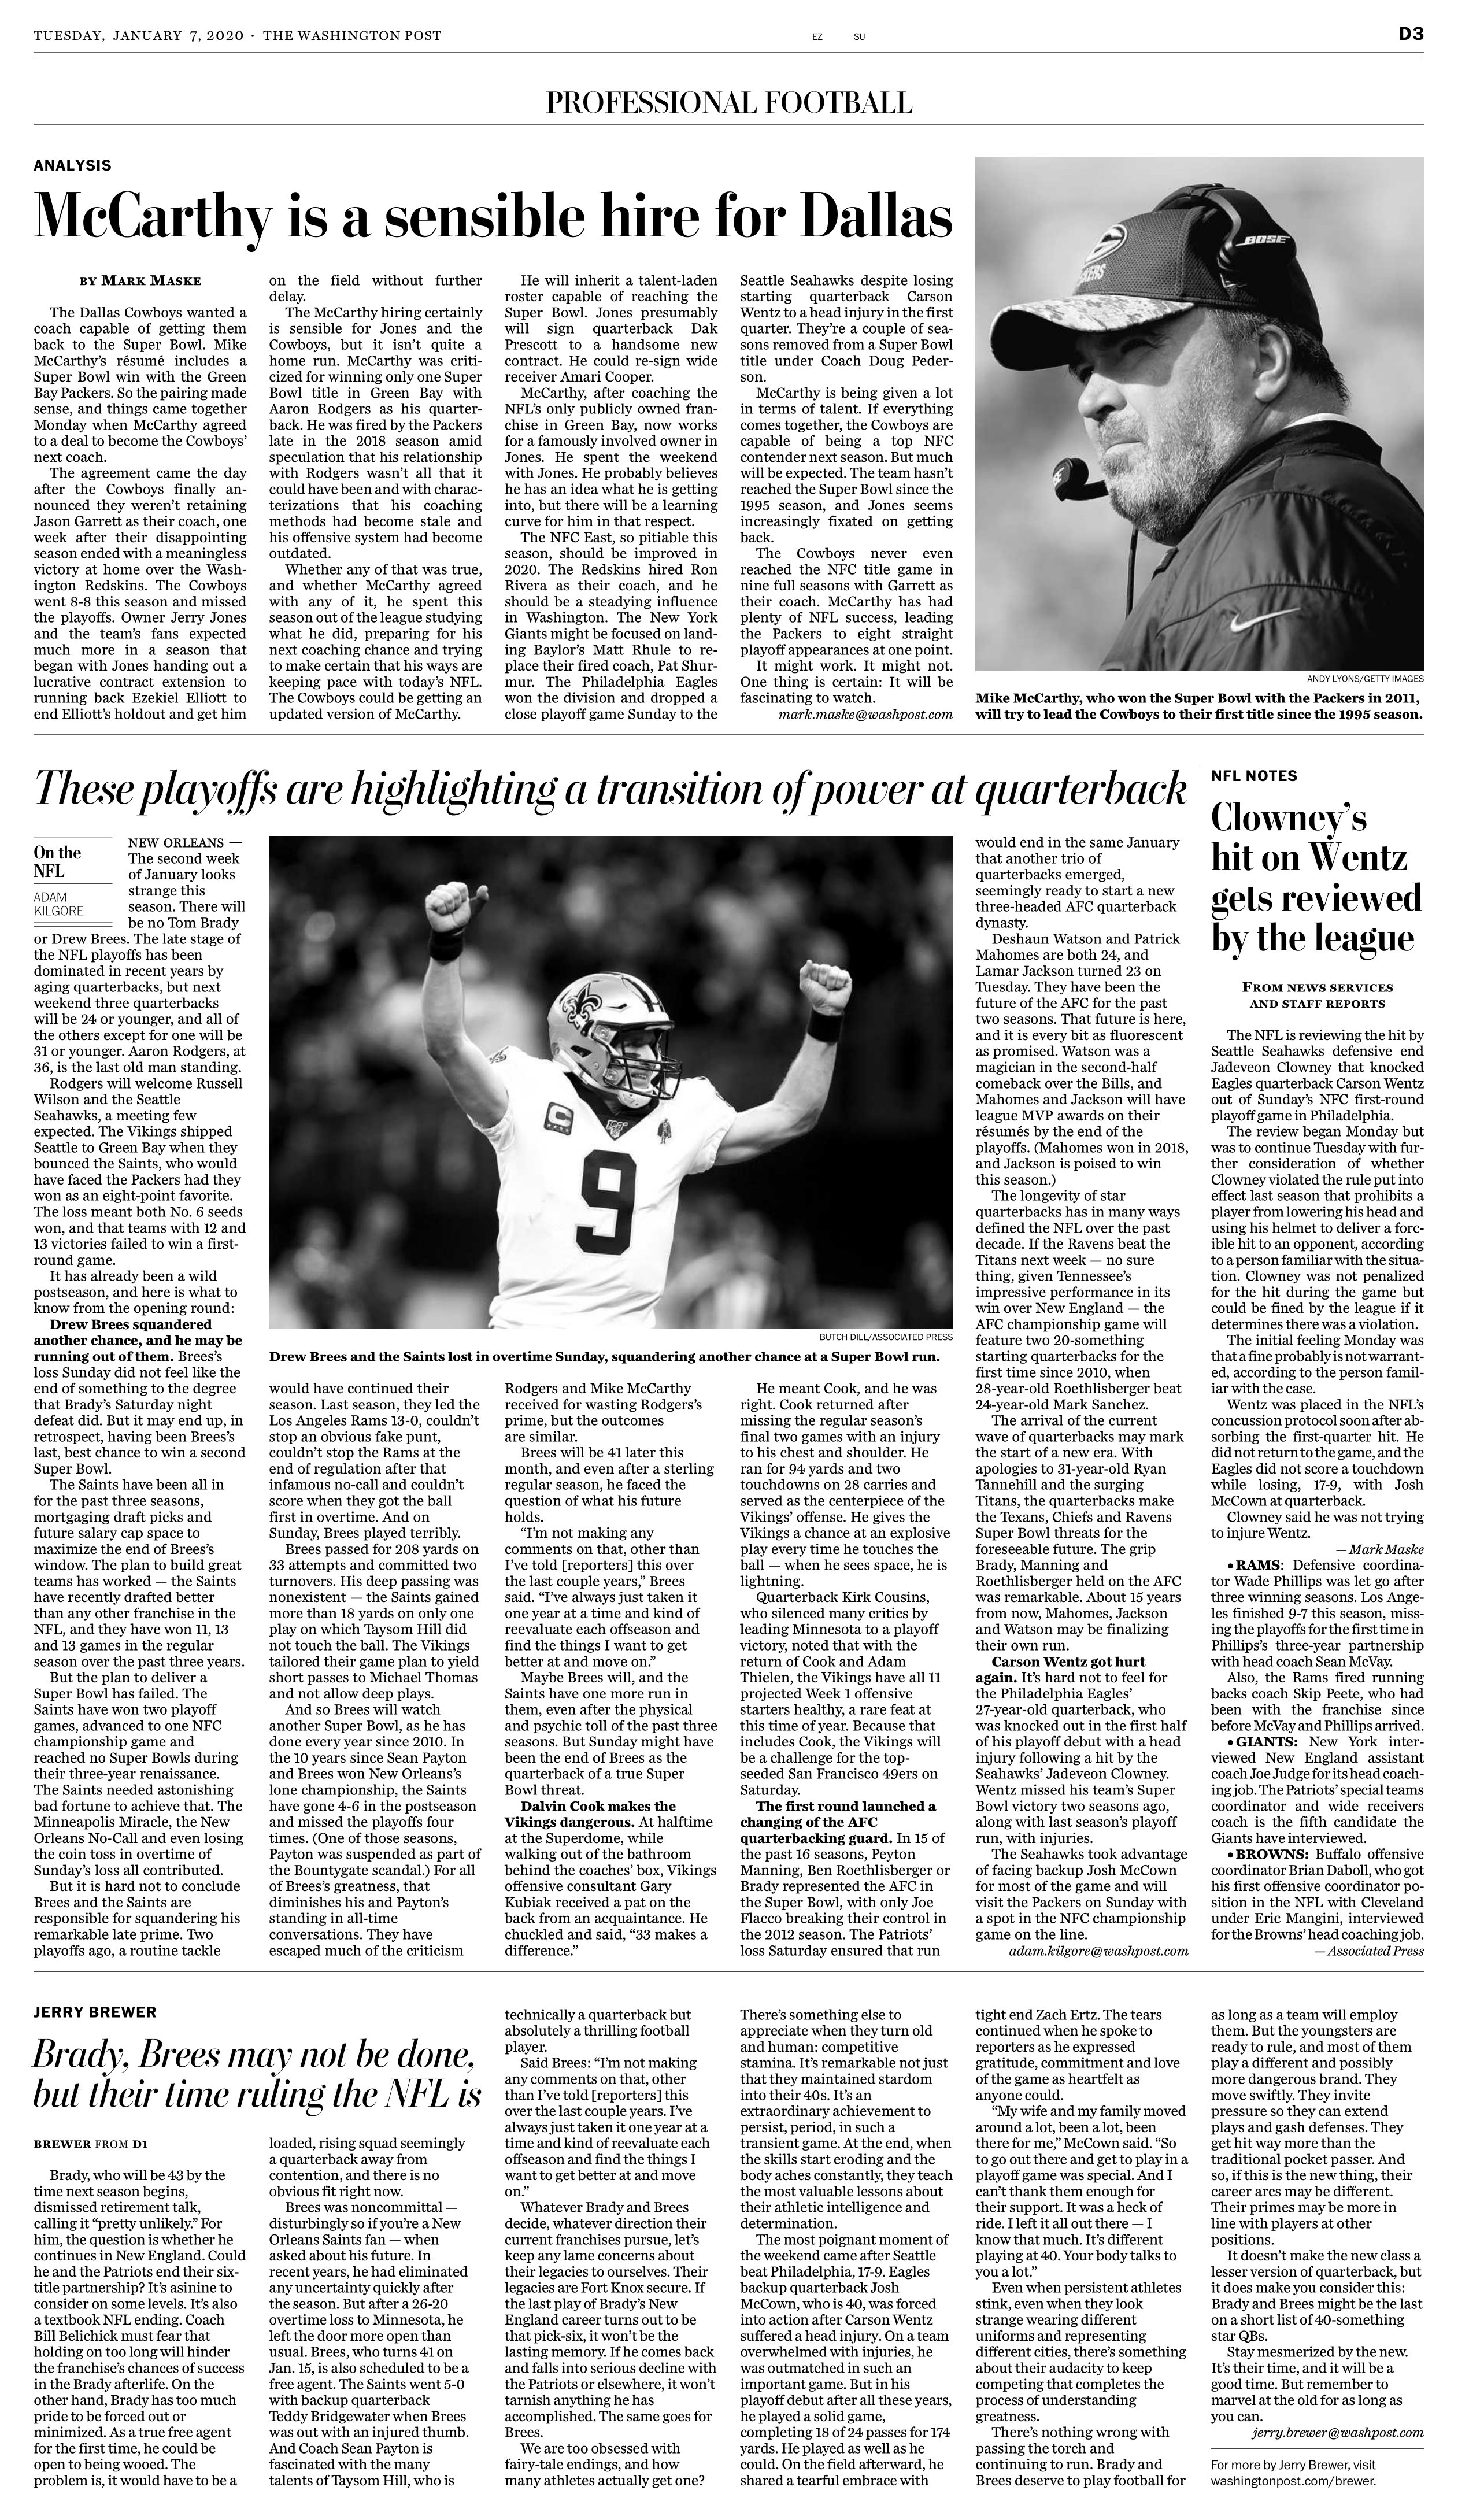
Language: en